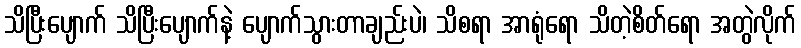
သိပြီးပျောက် သိပြီးပျောက်နဲ့ ပျောက်သွားတာချည်းပဲ၊ သိစရာ အာရုံရော သိတဲ့စိတ်ရော အတွဲလိုက်